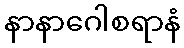
နာနာဂေါစရာနံ